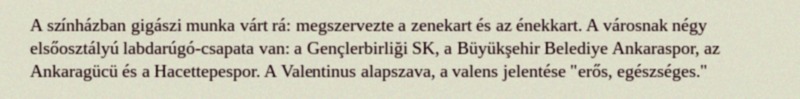
A színházban gigászi munka várt rá: megszervezte a zenekart és az énekkart. A városnak négy elsőosztályú labdarúgó-csapata van: a Gençlerbirliği SK, a Büyükşehir Belediye Ankaraspor, az Ankaragücü és a Hacettepespor. A Valentinus alapszava, a valens jelentése "erős, egészséges."